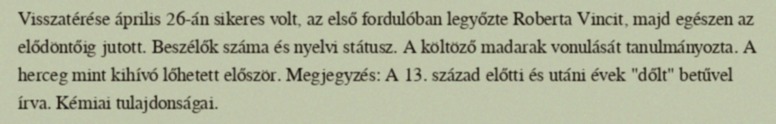
Visszatérése április 26-án sikeres volt, az első fordulóban legyőzte Roberta Vincit, majd egészen az elődöntőig jutott. Beszélők száma és nyelvi státusz. A költöző madarak vonulását tanulmányozta. A herceg mint kihívó lőhetett először. Megjegyzés: A 13. század előtti és utáni évek "dőlt" betűvel írva. Kémiai tulajdonságai.